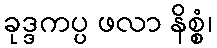
ခုဒ္ဒကပ္ပ ဖလာ နိစ္စံ၊